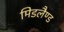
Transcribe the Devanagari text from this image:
मिडलैण्ड